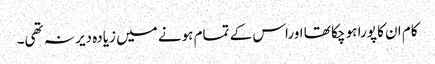
کام ان کا پورا ہو چکا تھا اوراس کے تمام ہونے میں زیادہ دیر نہ تھی۔